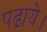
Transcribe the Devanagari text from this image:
पढाये।